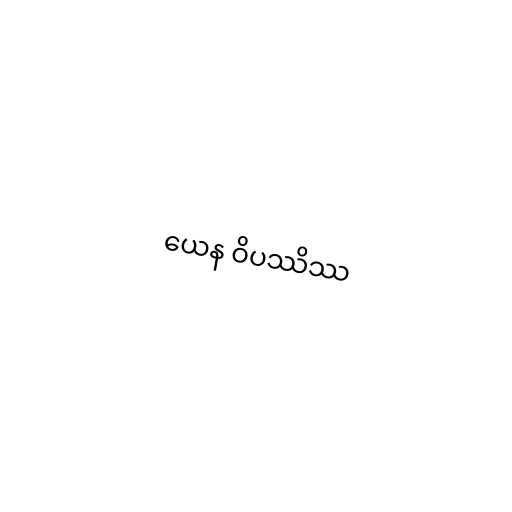
ယေန ဝိပဿိဿ